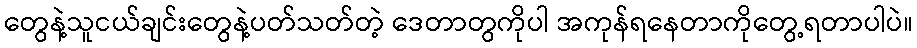
တွေနဲ့သူငယ်ချင်းတွေနဲ့ပတ်သတ်တဲ့ ဒေတာတွကိုပါ အကုန်ရနေတာကိုတွေ့ရတာပါပဲ။